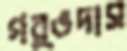
গর্ভদাস